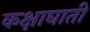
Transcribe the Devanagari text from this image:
कक्षाघाती